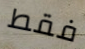
فقط